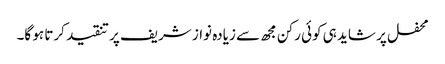
محفل پر شاید ہی کوئی رکن مجھ سے زیادہ نواز شریف پر تنقید کرتا ہو گا۔